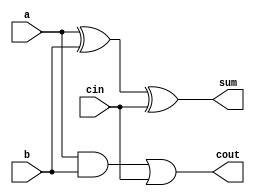
module full_adder3(a,b,cin,sum,cout);
input a,b,cin;
output sum,cout;
assign sum = a^b^cin;
assign cout = a&b|cin&(1'b1|b); 
// initial begin
//     $display("The incorrect adder with or0 having in1/1");
// end   
endmodule